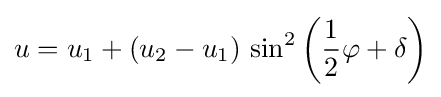
u=u_{1}+\left(u_{2}-u_{1}\right)\,\sin ^{2}\left({\frac {1}{2}}\varphi +\delta \right)